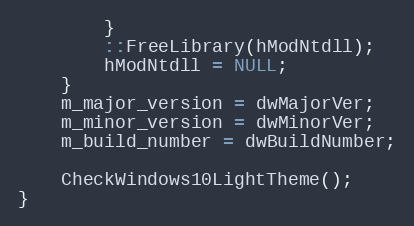
Language: C++
		}
		::FreeLibrary(hModNtdll);
		hModNtdll = NULL;
	}
	m_major_version = dwMajorVer;
	m_minor_version = dwMinorVer;
	m_build_number = dwBuildNumber;

	CheckWindows10LightTheme();
}